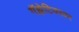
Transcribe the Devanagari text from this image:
गॅझेटियरवर